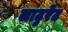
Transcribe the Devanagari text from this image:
लाटुरेट